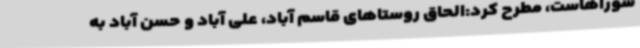
شوراهاست، مطرح کرد:الحاق روستاهای قاسم آباد، علی آباد و حسن آباد به